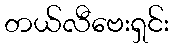
တယ်လီဗေးရှင်း